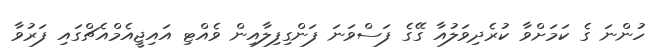
ހުންނަ ގެ ކަމަށްވާ ކުރެދިވަލުއާ ގޭގެ ފަސްވަނަ ފަންގިފިލާއިން ވެއްޓި އައިޖީއެމްއެޗްގައި ފަރުވާ